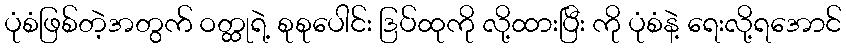
ပုံစံဖြစ်တဲ့အတွက် ဝတ္ထုရဲ့ စုစုပေါင်း ဒြပ်ထုကို လို့ထားပြီး ကို ပုံစံနဲ့ ရေးလို့ရအောင်